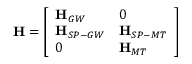
\mathbf { H } = \left[ \begin{array} { l l } { \mathbf { H } _ { G W } } & { 0 } \\ { \mathbf { H } _ { S P - G W } } & { \mathbf { H } _ { S P - M T } } \\ { 0 } & { \mathbf { H } _ { M T } } \end{array} \right]